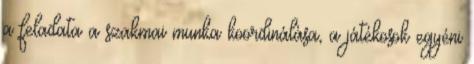
a feladata a szakmai munka koordinálása, a játékosok egyéni